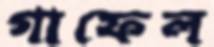
গাফেল